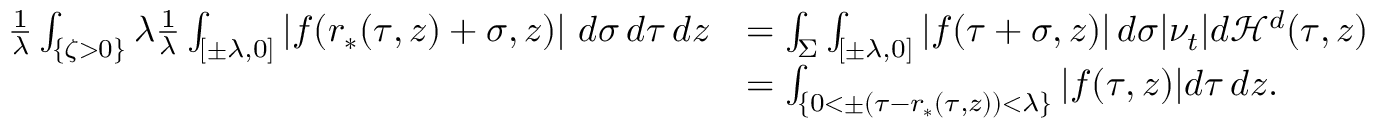
\begin{array} { r l } { \frac { 1 } { \lambda } \int _ { \{ \zeta > 0 \} } \lambda \frac { 1 } { \lambda } \int _ { [ \pm \lambda , 0 ] } | f ( r _ { * } ( \tau , z ) + \sigma , z ) | \ d \sigma \, d \tau \, d z } & { = \int _ { \Sigma } \int _ { [ \pm \lambda , 0 ] } | f ( \tau + \sigma , z ) | \, d \sigma | \nu _ { t } | d \mathcal { H } ^ { d } ( \tau , z ) } \\ & { = \int _ { \{ 0 < \pm ( \tau - r _ { * } ( \tau , z ) ) < \lambda \} } | f ( \tau , z ) | d \tau \, d z . } \end{array}